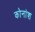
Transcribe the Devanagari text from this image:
कोनांश